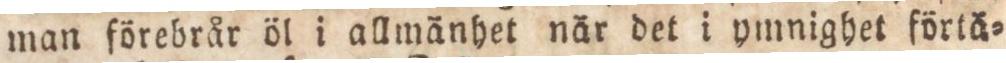
man förebrår öl i allmänhet när det i ymnighet förtä=